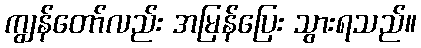
ကျွန်တော်လည်း အမြန်ပြေး သွားရသည်။